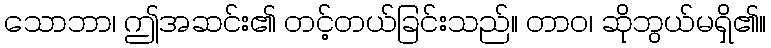
သောဘာ၊ ဤအဆင်း၏ တင့်တယ်ခြင်းသည်။ တာဝ၊ ဆိုဘွယ်မရှိ၏။